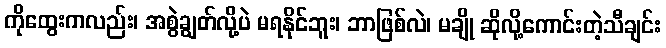
ကိုထွေးကလည်း၊ အစွဲချွတ်လို့ပဲ မရနိုင်ဘူး၊ ဘာဖြစ်လဲ၊ မချို ဆိုလို့ကောင်းတဲ့သီချင်း